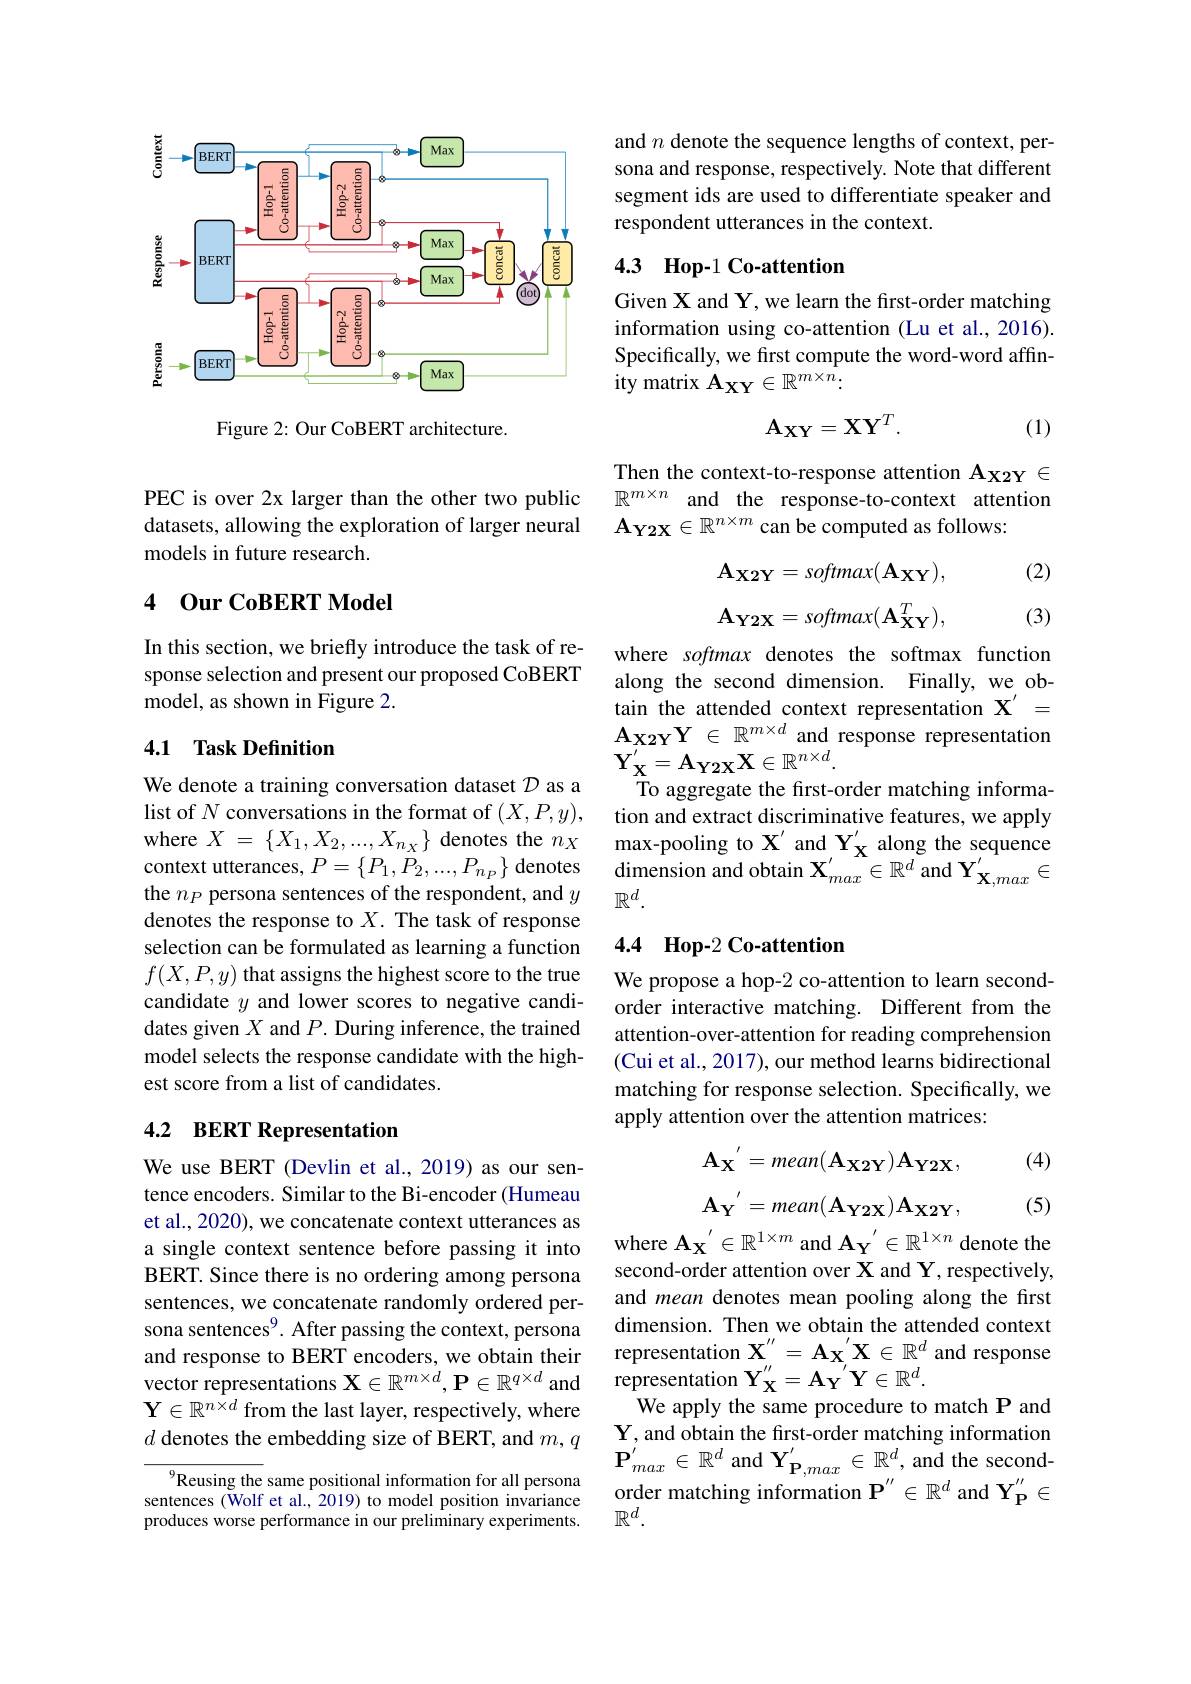
<FigureHere>

Figure 2: Our CoBERT architecture.

PEC is over 2x larger than the other two public datasets, allowing the exploration of larger neural models in future research.

## 4 Our CoBERT Model

In this section, we briefly introduce the task of response selection and present our proposed CoBERT model, as shown in Figure 2.

## 4.1 Task Definition

We denote a training conversation dataset $\mathcal{D}$ as a list of $N$ conversations in the format of $(X,P,y)$, where $X$ = $\{ X_1, X_2, . . . , X_{n_X}\}$ denotes the $n_X$ context utterances, $P=\left\{P_1,P_2,...,P_{n_P}\right\}$ denotes the $n_P$ persona sentences of the respondent, and $y$ denotes the response to $X.$ The task of response selection can be formulated as learning a function $f(X,P,y)$ that assigns the highest score to the true candidate $y$ and lower scores to negative candidates given $X$ and $P.$ During inference, the trained model selects the response candidate with the highest score from a list of candidates.

## 4.2 BERT Representation

We use BERT (Devlin et al., 2019) as our sentence encoders. Similar to the Bi-encoder (Humeau et al., 2020), we concatenate context utterances as a single context sentence before passing it into BERT. Since there is no ordering among persona sentences, we concatenate randomly ordered persona sentences$^{9}$. After passing the context, persona and response to BERT encoders, we obtain their vector representations $\mathbf{X}\in\mathbb{R}^m\times d,\mathbf{P}\in\mathbb{R}^{q\times d}$ and $\mathbf{Y}\in\mathbb{R}^{n\times d}$ from the last layer, respectively, where $d$ denotes the embedding size of BERT, and $m,q$

$^{9}$Reusing the same positional information for all persona sentences (Wolf et al., 2019) to model position invariance produces worse performance in our preliminary experiments.

and $n$ denote the sequence lengths of context, persona and response, respectively. Note that different segment ids are used to differentiate speaker and respondent utterances in the context.

### 4.3 $\textbf{Hop- 1 Co- attention}$

Given X and Y, we learn the first-order matching information using co-attention (Lu et al., 2016). Specifically, we first compute the word-word affin- ${\dot{\text{ity matrix }}\mathbf{A}_{\mathbf{XY}}\in\mathbb{R}^{m\times n}}{:}$
$$\mathbf{A_{XY}}=\mathbf{X}\mathbf{Y}^T.$$
(1)

Then the context-to-response attention $\mathbf{A_{X2Y}}\in$ $\mathbb{R}^{m\times n}$ and the response-to-context attention $\mathbf{A_{Y2X}\in\mathbb{R}^{n\times m}}$ can be computed as follows:

(2)
$$\mathbf{A_{X2Y}=softmax(A_{XY})},$$
$$\mathbf{A_{Y2X}}=softmax(\mathbf{A_{XY}^{T}}),$$
(3)

where softmax denotes the softmax function along the second dimension. Finally, we obtain the attended context representation $\mathbf{X}^{\prime}=$ $A_{X2Y}$Y $\in$ $\mathbb{R} ^{m\times d}$ and response representation $\mathbf{Y}_{\mathbf{X}}^{\prime}=\mathbf{A}_{\mathbf{Y}2\mathbf{X}}\mathbf{X}\in\mathbb{R}^{n\times d}.$
To aggregate the first-order matching information and extract discriminative features, we apply max-pooling to $\mathbf{X}^{\prime}$ and $\mathbf{Y}_\mathbf{X}^{\prime}$ along the sequence $\mathop{\mathrm{dimension~and~obtain~}}\mathbf{X}_{max}^{\prime}\in\mathbb{R}^{d}$ and $\mathbf{Y}_\mathbf{X},max^{\prime}\in$ $\mathbb{R}^d.$

## 4.4 $\textbf{Hop- 2 Co- attention}$

We propose a hop-2 co-attention to learn secondorder interactive matching. Different from the attention-over-attention for reading comprehension (Cui et al., 2017), our method learns bidirectional matching for response selection. Specifically, we apply attention over the attention matrices:

(4)
$$\mathbf{A_X}^{'}=mean(\mathbf{A_{X2Y}})\mathbf{A_{Y2X}},$$
$$\mathbf{A_Y}^{'}=mean(\mathbf{A_{Y2X}})\mathbf{A_{X2Y}},$$
(5)

where $\mathbf{A}_{\mathbf{X}}^{\prime}\in\mathbb{R}^{1\times m}$ and $\mathbf{A}_\mathbf{Y}^{\prime}\in\mathbb{R}^{1\times n}$ denote the second-order attention over $\mathbf{X}$ and Y, respectively, and mean denotes mean pooling along the first dimension. Then we obtain the attended context representation $\mathbf{X}_{\prime\prime}^{\prime\prime}=\mathbf{A}\mathbf{X}_{\prime}^{\prime}\mathbf{X}\in\mathbb{R}^d$ and response representation $\mathbf{Y}_{\mathbf{X}}^{\prime\prime}=\mathbf{A}_{\mathbf{Y}}^{\prime}\mathbf{Y}\in\mathbb{R}^d.$
We apply the same procedure to match P and $\mathbf{Y}$, and obtain the fırst-order matching information $\mathbf{P}_{max}^{'}\in\mathbb{R}^{d}$ and $\mathbf{Y}_\mathbf{P},max^{'}\in\mathbb{R}^{d}$, and the secondorder matching information $\mathbf{P}^{\prime\prime}\in\mathbb{R}^d$ and $\mathbf{Y}_\mathbf{P}^{\prime\prime}\in$ $\mathbb{R}^d.$